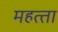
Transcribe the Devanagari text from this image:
महत्‍ता